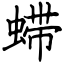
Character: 䗖